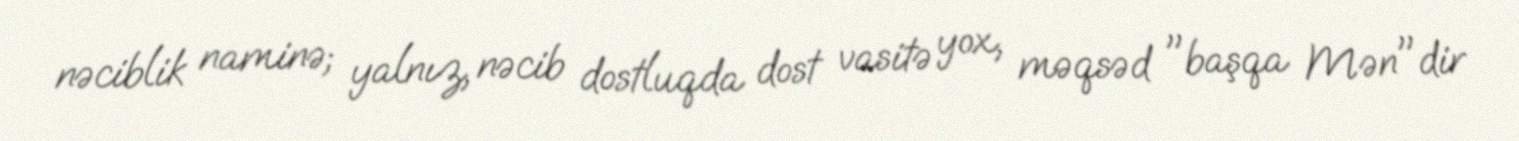
nəciblik naminə; yalnız, nəcib dostluqda dost vasitə yox, məqsəd "başqa Mən"dir